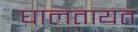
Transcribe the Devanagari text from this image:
घालतायत